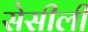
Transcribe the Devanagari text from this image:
सेसीली